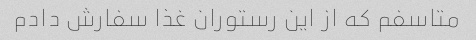
متاسفم که از این رستوران غذا سفارش دادم